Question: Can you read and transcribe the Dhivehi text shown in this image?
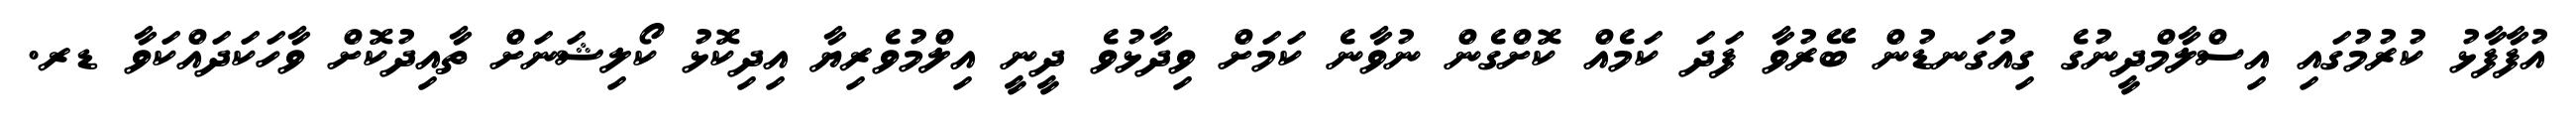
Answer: އުފާފާޅު ކުރުމުގައި އިސްލާމްދީނުގެ ގިއުގަނޑުން ބޭރުވާ ފަދަ ކަމެއް ކޮށްގެން ނުވާނެ ކަމަށް ވިދާޅުވެ ދީނީ އިލްމުވެރިޔާ އިދިކޮޅު ކޯލިޝަނަށް ތާއިދުކޮށް ވާހަކަދައްކަވާ ޑރ.